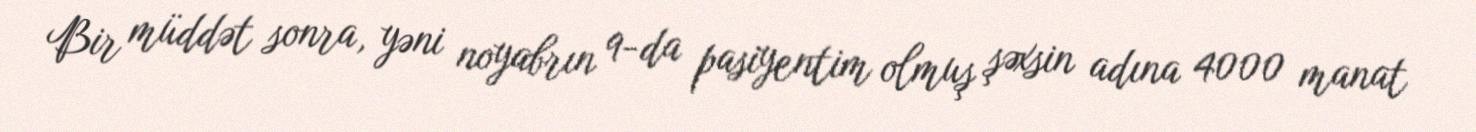
Bir müddət sonra, yəni noyabrın 9-da pasiyentim olmuş şəxsin adına 4000 manat